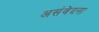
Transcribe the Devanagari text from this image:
असंवेदना